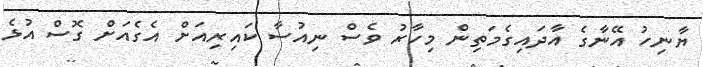
ޔާނިހު އޭނާގެ އާދައިގެމަތިން މިހާރު ވެސް ނިއުސާ ކައިރިއަށް އެގެއަށް ގޮސް އުޅެ